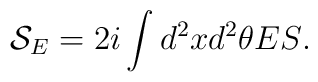
{\mathcal{S}}_{E}=2i\int{d^{2}xd^{2}\theta ES}.